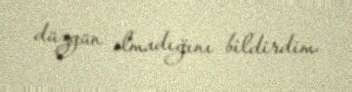
düzgün olmadığını bildirdim.